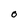
Character: O